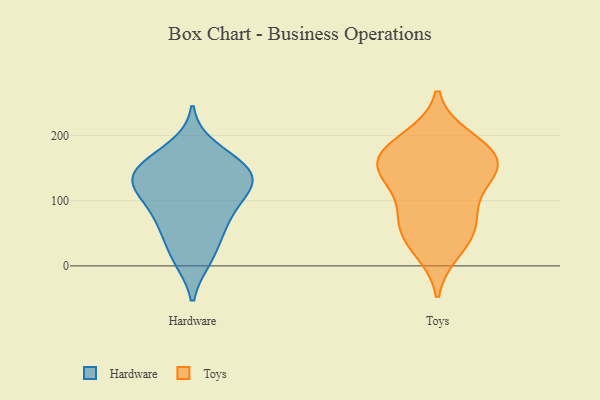
{"axis": {"x": "Waste Production (Tons)", "y": "Value"}, "legend": ["Hardware", "Toys"], "data": [{"x": "", "y": 138, "type": "Hardware"}, {"x": "", "y": 103, "type": "Hardware"}, {"x": "", "y": 60, "type": "Hardware"}, {"x": "", "y": 149, "type": "Hardware"}, {"x": "", "y": 119, "type": "Hardware"}, {"x": "", "y": 147, "type": "Hardware"}, {"x": "", "y": 59, "type": "Hardware"}, {"x": "", "y": 11, "type": "Hardware"}, {"x": "", "y": 114, "type": "Hardware"}, {"x": "", "y": 181, "type": "Hardware"}, {"x": "", "y": 116, "type": "Hardware"}, {"x": "", "y": 157, "type": "Hardware"}, {"x": "", "y": 145, "type": "Hardware"}, {"x": "", "y": 71, "type": "Hardware"}, {"x": "", "y": 14, "type": "Hardware"}, {"x": "", "y": 41, "type": "Toys"}, {"x": "", "y": 131, "type": "Toys"}, {"x": "", "y": 59, "type": "Toys"}, {"x": "", "y": 176, "type": "Toys"}, {"x": "", "y": 142, "type": "Toys"}, {"x": "", "y": 195, "type": "Toys"}, {"x": "", "y": 25, "type": "Toys"}, {"x": "", "y": 87, "type": "Toys"}, {"x": "", "y": 75, "type": "Toys"}, {"x": "", "y": 183, "type": "Toys"}, {"x": "", "y": 161, "type": "Toys"}, {"x": "", "y": 152, "type": "Toys"}, {"x": "", "y": 149, "type": "Toys"}]}